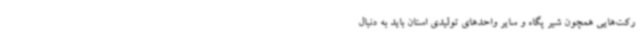
رکت‌هایی همچون شیر پگاه و سایر واحدهای تولیدی استان باید به دنبال